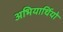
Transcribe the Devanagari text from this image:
अभियार्थियो